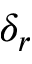
\delta _ { r }